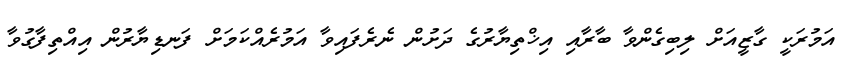
އަމުރަކީ ގާޒީއަށް ލިބިގެންވާ ބާރާއި އިޚްތިޔާރުގެ ދަށުން ނެރެފައިވާ އަމުރެއްކަމަށް ފަނޑިޔާރުން އިއްތިފާގުވާ